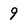
Character: 9